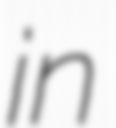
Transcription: in